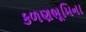
કળણભૂમિના